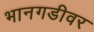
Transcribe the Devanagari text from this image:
भानगडीवर